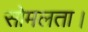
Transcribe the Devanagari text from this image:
सोमलता।